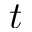
t